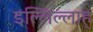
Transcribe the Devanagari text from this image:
इल्लिल्लाह्